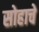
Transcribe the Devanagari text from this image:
सोहाचे